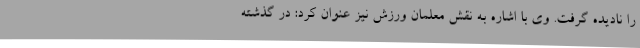
را نادیده گرفت. وی با اشاره به نقش معلمان ورزش نیز عنوان کرد: در گذشته